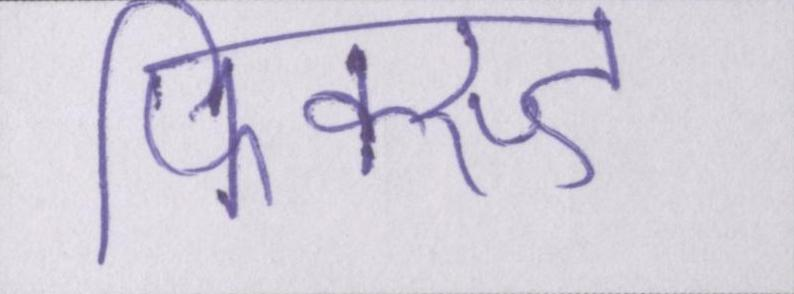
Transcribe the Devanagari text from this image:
फिक्स्ड